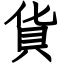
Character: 貨